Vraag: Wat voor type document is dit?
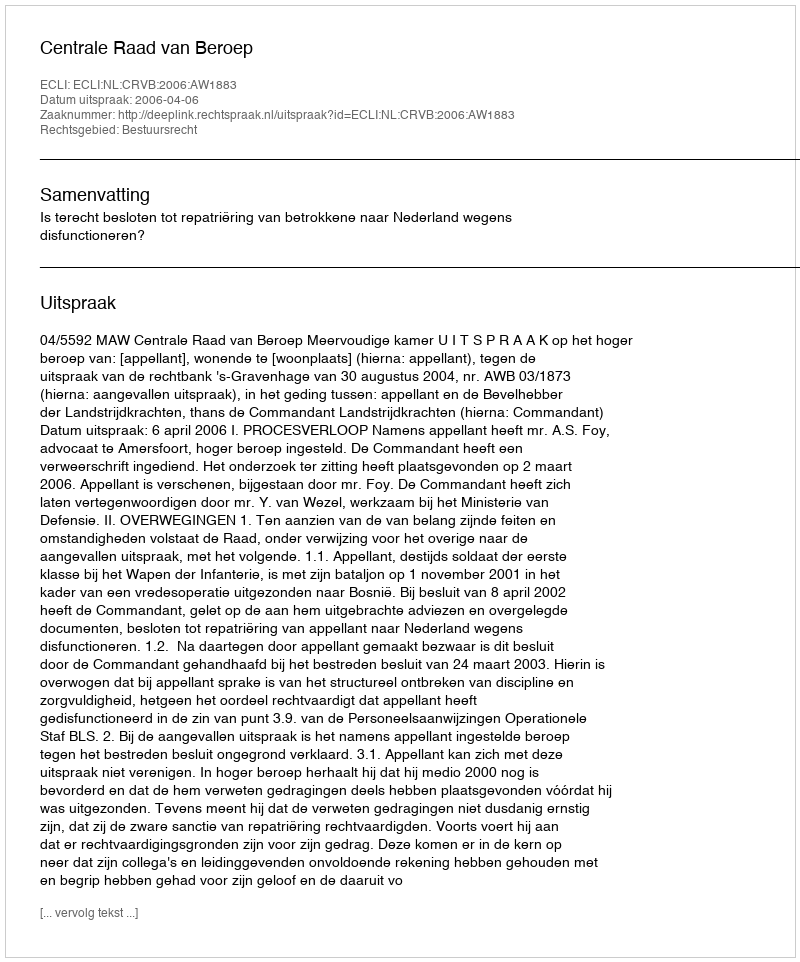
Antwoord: Uitspraak